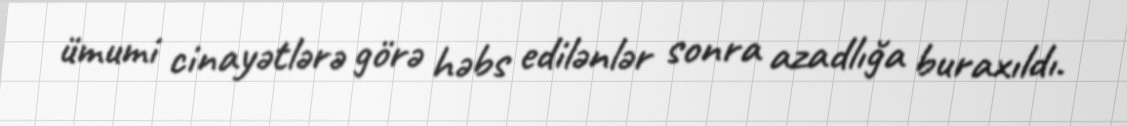
ümumi cinayətlərə görə həbs edilənlər sonra azadlığa buraxıldı.